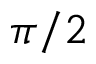
\pi / 2